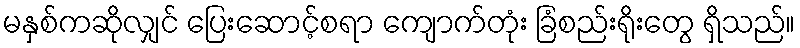
မနှစ်ကဆိုလျှင် ပြေးဆောင့်စရာ ကျောက်တုံး ခြံစည်းရိုးတွေ ရှိသည်။